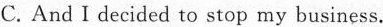
C. And I decided to stop my business.